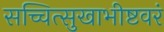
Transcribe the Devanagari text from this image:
सच्चित्सुखाभीष्टवरं